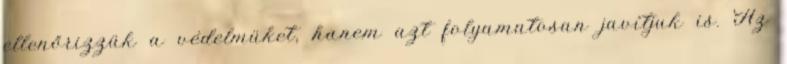
ellenőrizzük a védelmüket, hanem azt folyamatosan javítjuk is. Az